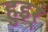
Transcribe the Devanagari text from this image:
हुइर्ं